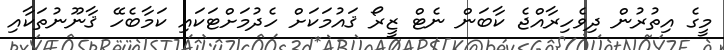
މީގެ އިތުރުން ދިވެހިރާއްޖެ ކާބަން ނެޓް ޒީރޯ ޤައުމަކަށް ހެދުމަށްޓަކައި ކަމާބެހޭ ޤާނޫނުތަކާއި